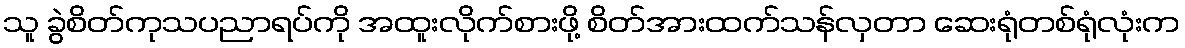
သူ ခွဲစိတ်ကုသပညာရပ်ကို အထူးလိုက်စားဖို့ စိတ်အားထက်သန်လှတာ ဆေးရုံတစ်ရုံလုံးက